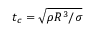
t _ { c } = \sqrt { \rho R ^ { 3 } / \sigma }